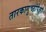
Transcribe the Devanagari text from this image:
तारकागुच्छांपेक्षा